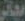
مجاني